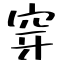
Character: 穿